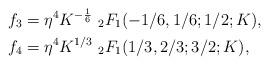
LaTeX: \begin{align*} f_3 &= \eta^4K^{-\frac 16}~_2F_1(-1/6,1/6;1/2;K),\\ f_4 &= \eta^4K^{1/3}~_2F_1(1/3,2/3;3/2;K),\end{align*}